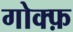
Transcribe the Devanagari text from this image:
गोक्फ़